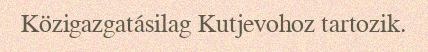
Közigazgatásilag Kutjevohoz tartozik.